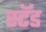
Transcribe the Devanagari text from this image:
स्‍टॅड